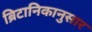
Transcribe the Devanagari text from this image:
ब्रिटानिकानुसार